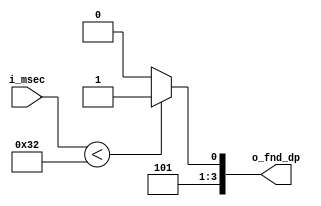
`timescale 1ns / 1ps
//////////////////////////////////////////////////////////////////////////////////
// Company: 
// Engineer: 
// 
// Design Name: 
// Module Name: comperator
// Project Name: 
// Target Devices: 
// Tool Versions: 
// Description: 
// 
// Dependencies: 
// 
// Revision:
// Revision 0.01 - File Created
// Additional Comments:
// 
//////////////////////////////////////////////////////////////////////////////////


module comperator(
        input[6:0] i_msec,
        output[3:0] o_fnd_dp
    );

    assign o_fnd_dp = (i_msec < 50) ? 11 : 10;
endmodule